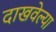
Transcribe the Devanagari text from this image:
दाखवेल्या